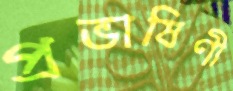
প্রভাষিণী